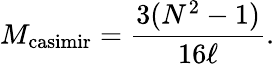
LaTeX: M_{\mathrm{casimir}}={\frac{3(N^{2}-1)}{16\ell}}.